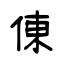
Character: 倲